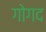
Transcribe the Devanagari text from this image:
गोगद